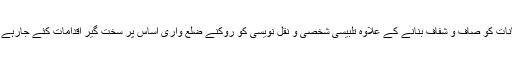
امتحانات کو صاف و شفاف بنانے کے علاوہ تلبیسی شخصی و نقل نویسی کو روکنے ضلع واری اساس پر سخت گیر اقدامات کئے جارہے ہیں ۔